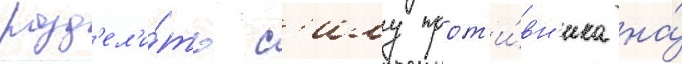
разд'ел'и́ть с'илу прот'и́вн'ика на́